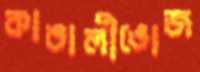
কাঙালীভোজ